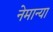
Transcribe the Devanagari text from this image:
नेमान्या